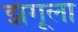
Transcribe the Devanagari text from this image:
झंगूला